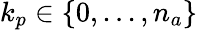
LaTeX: k_{p}\in\{ 0,...,n_{a}\}